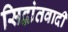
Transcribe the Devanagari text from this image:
सिद्वांतवादी